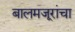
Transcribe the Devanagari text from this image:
बालमजूरांचा